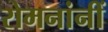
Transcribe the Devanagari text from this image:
रोमनांनीं